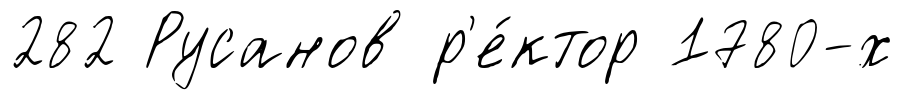
282 Русанов р'е́ктор 1780-х